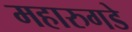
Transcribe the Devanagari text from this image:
महारुगडे